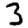
Digit: 3